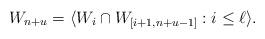
LaTeX: \begin{align*} W_{n+u} = \langle W_i \cap W_{[i+1,n+u-1]} : i \leq \ell \rangle.\end{align*}